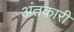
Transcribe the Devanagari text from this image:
अंतकारी